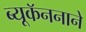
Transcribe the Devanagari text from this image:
ब्यूकॅननाने